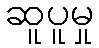
ဆူပူမှု